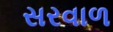
સરવાળ